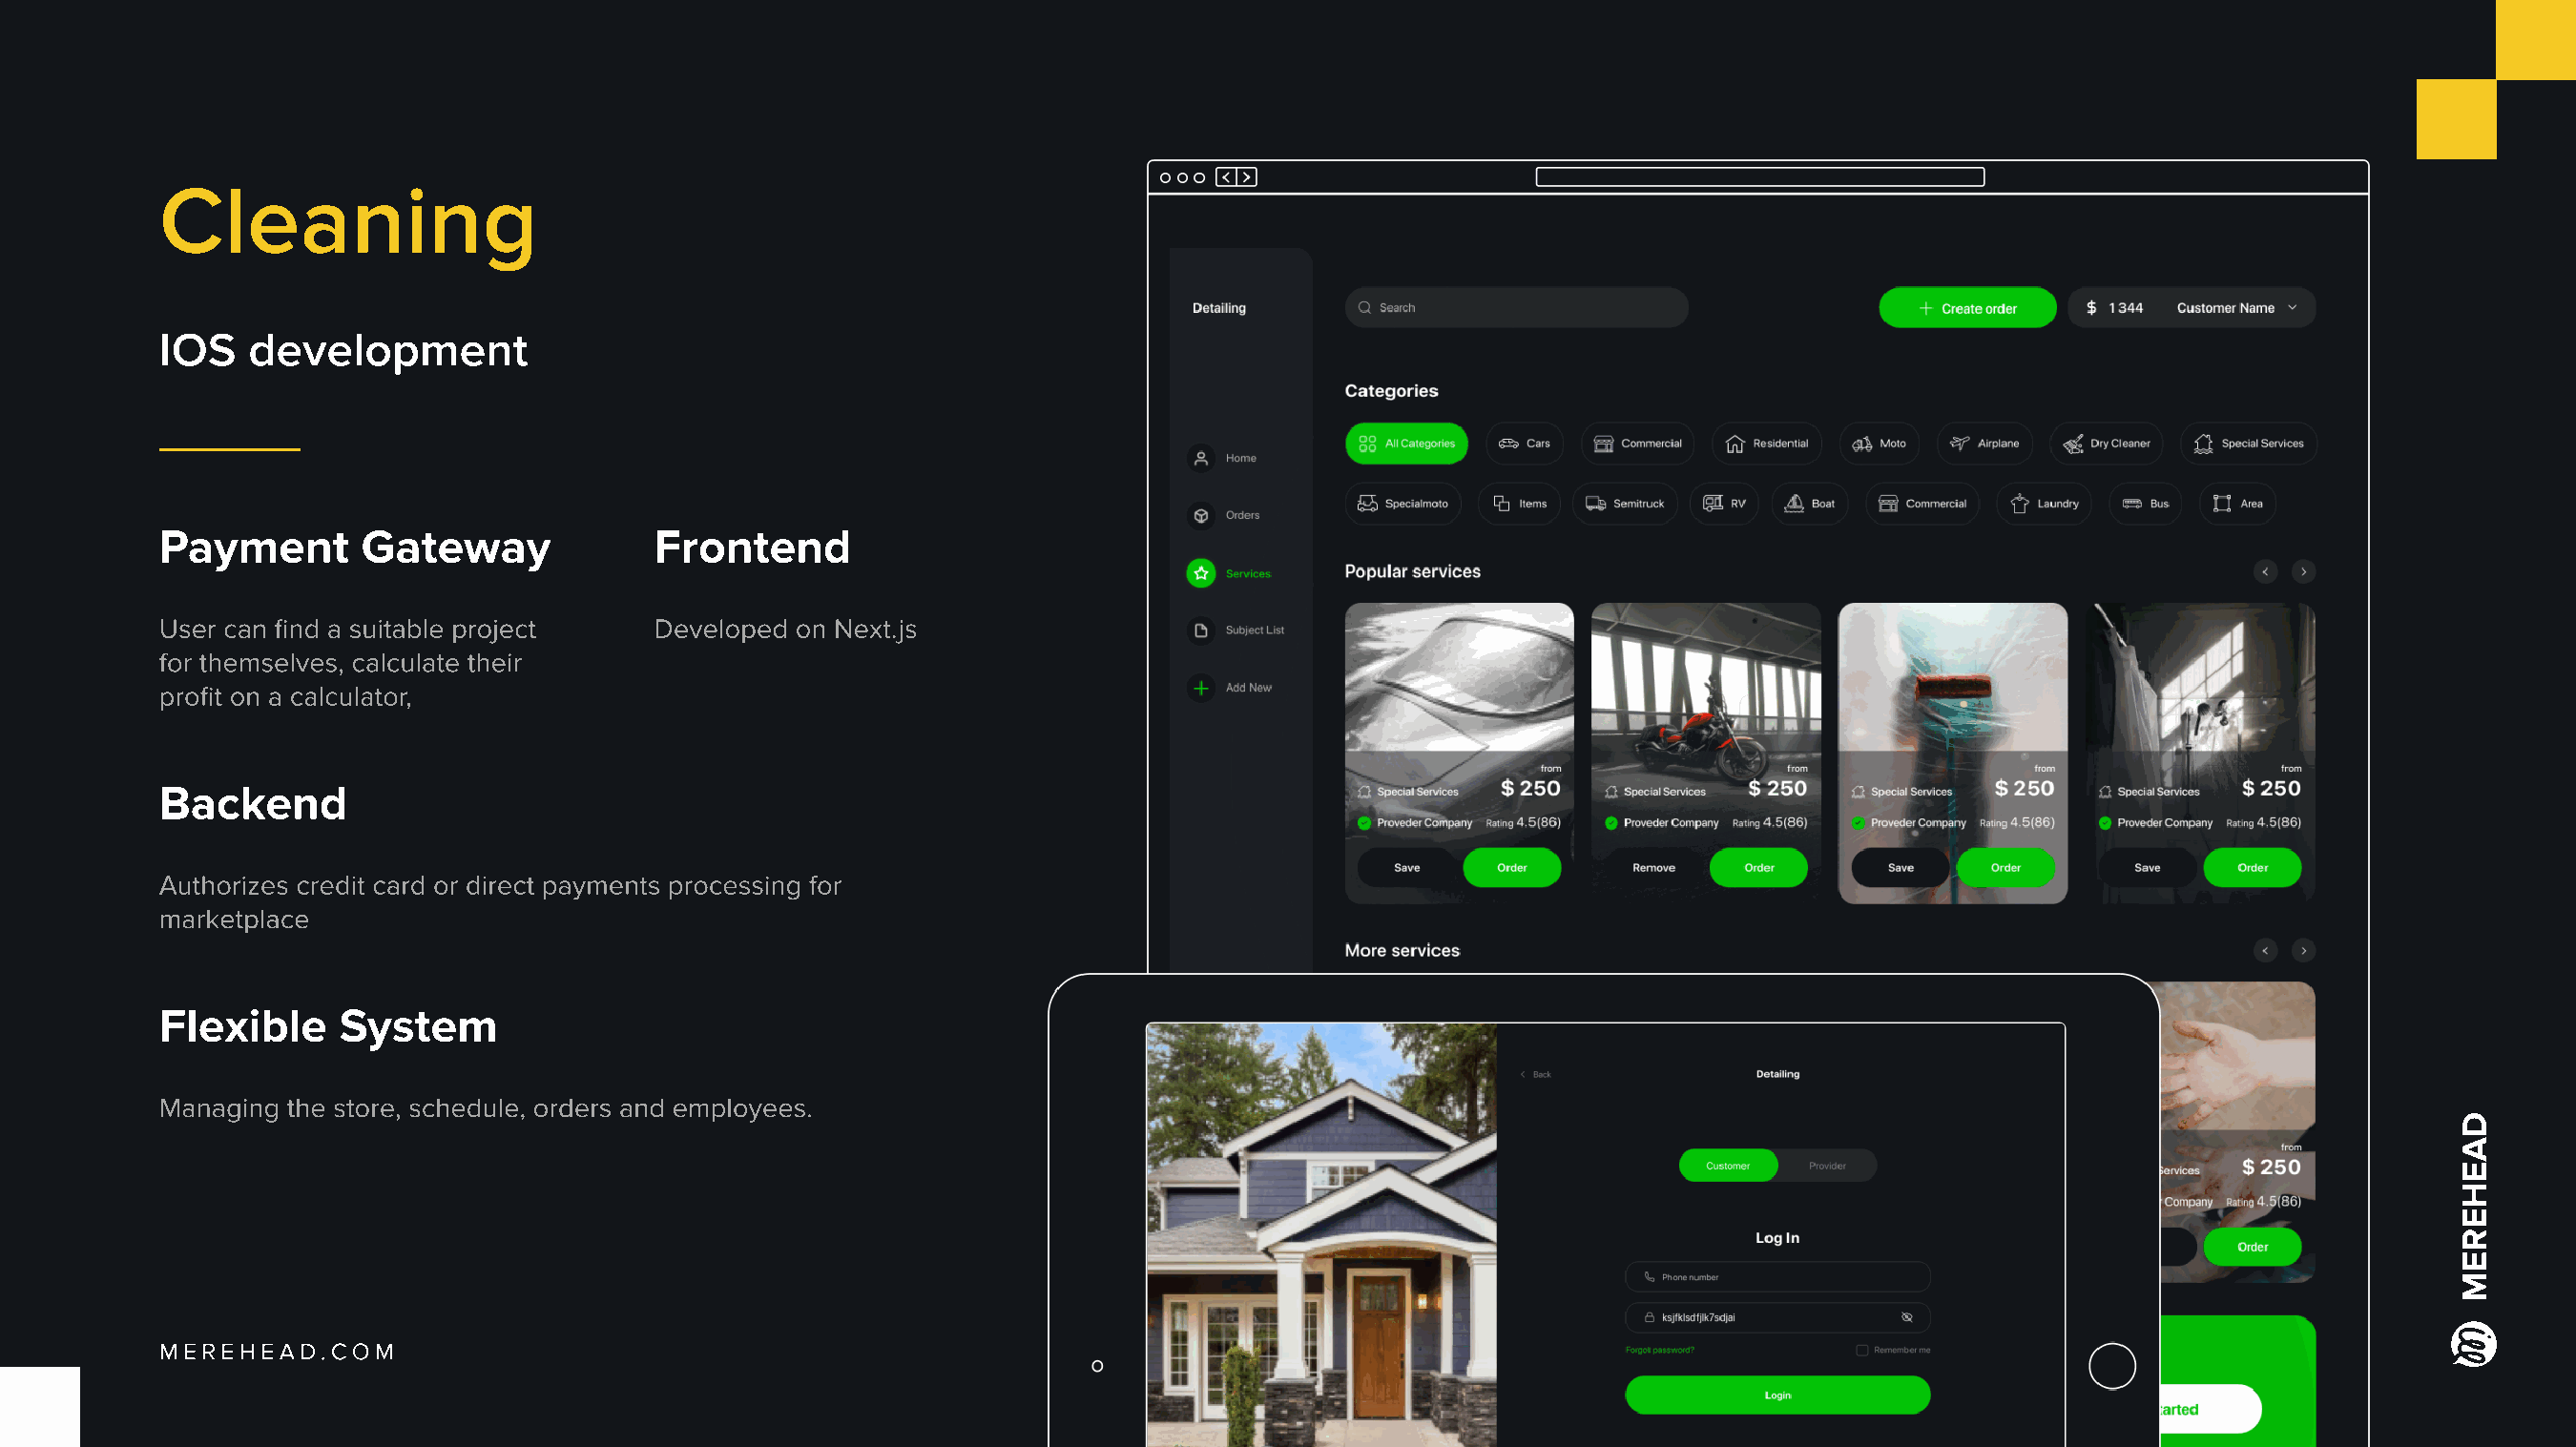
Cleaning
 IOS   development
 Payment       Gateway             Frontend
 User can find a suitable project
 Developed on Next.js
 for themselves, calculate their
 profit on a calculator,
 Backend
 Authorizes credit card or direct payments processing for
 marketplace
 Flexible     System
 Managing the store, schedule, orders and employees.
 Merehead.com